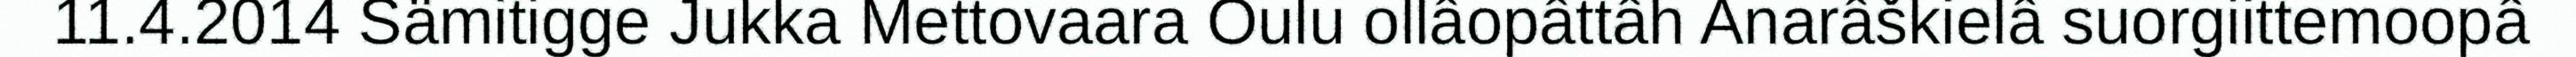
11.4.2014 Sämitigge Jukka Mettovaara Oulu ollâopâttâh Anarâškielâ suorgiittemoopâ